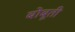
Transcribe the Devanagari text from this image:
बोबूती